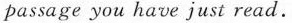
passage you have just read.